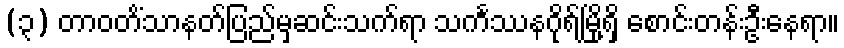
(၃) တာဝတိံသာနတ်ပြည်မှဆင်းသက်ရာ သင်္ကဿနဂိုရ်မြို့ရှိ စောင်းတန်းဦးနေရာ။